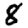
Digit: 8